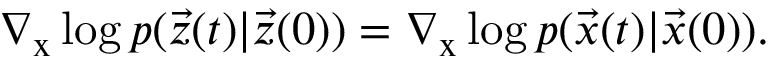
\nabla _ { \mathbf { \boldsymbol { x } } } \log { p ( \vec { z } ( t ) | \vec { z } ( 0 ) ) } = \nabla _ { \mathbf { \boldsymbol { x } } } \log { p ( \vec { x } ( t ) | \vec { x } ( 0 ) ) } .